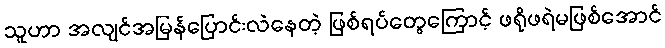
သူဟာ အလျင်အမြန်ပြောင်းလဲနေတဲ့ ဖြစ်ရပ်တွေကြောင့် ဖရိုဖရဲမဖြစ်အောင်